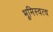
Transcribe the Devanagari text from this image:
भूमिस्वत्व